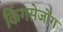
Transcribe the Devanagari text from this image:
किंगसेजोंग